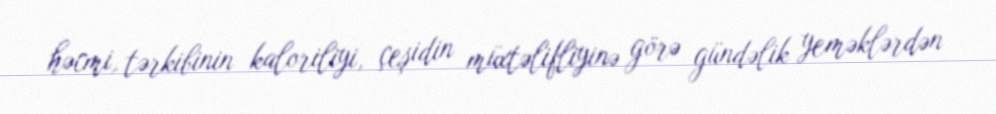
həcmi, tərkibinin kaloriliyi, çeşidin müxtəlifliyinə görə gündəlik yeməklərdən